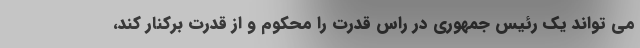
می تواند یک رئیس جمهوری در راس قدرت را محکوم و از قدرت برکنار کند،